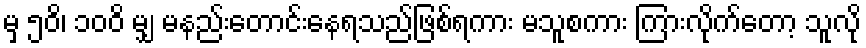
မှ ၅၀ိ၊ ၁၀၀ိ မျှ မနည်းတောင်းနေရသည်ဖြစ်ရကား မသူစကား ကြားလိုက်တော့ သူလို